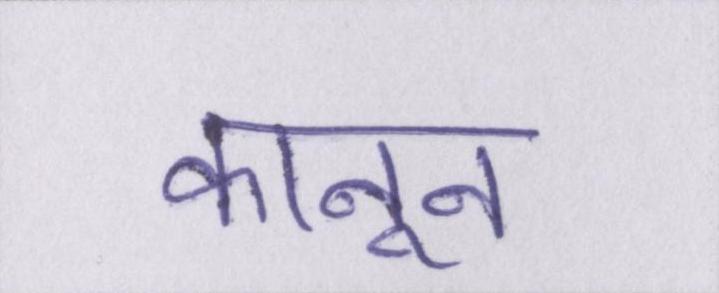
कानून